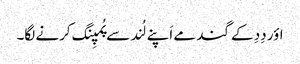
اؤر دِدِ کے گند مے اَپنے لُند سے پُمپِنگ کرنے لگا۔